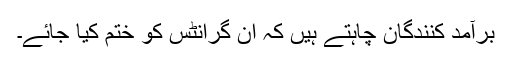
برآمد کنندگان چاہتے ہیں کہ ان گرانٹس کو ختم کیا جائے۔